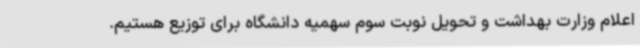
اعلام وزارت بهداشت و تحویل نوبت سوم سهمیه دانشگاه برای توزیع هستیم.